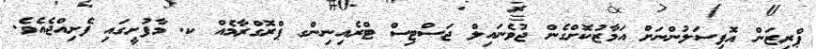
ޕްރިޒަން އޮފިސަލުންނަށް އަމާޒުކޮށްގެން ޖުވެނައިލް ޖަސްޓިސް ޓްރެއިނިންގ ޕްރޮގްރާމެއް ކ. މާފުށީގައި ފެށިއްޖެއެވެ.